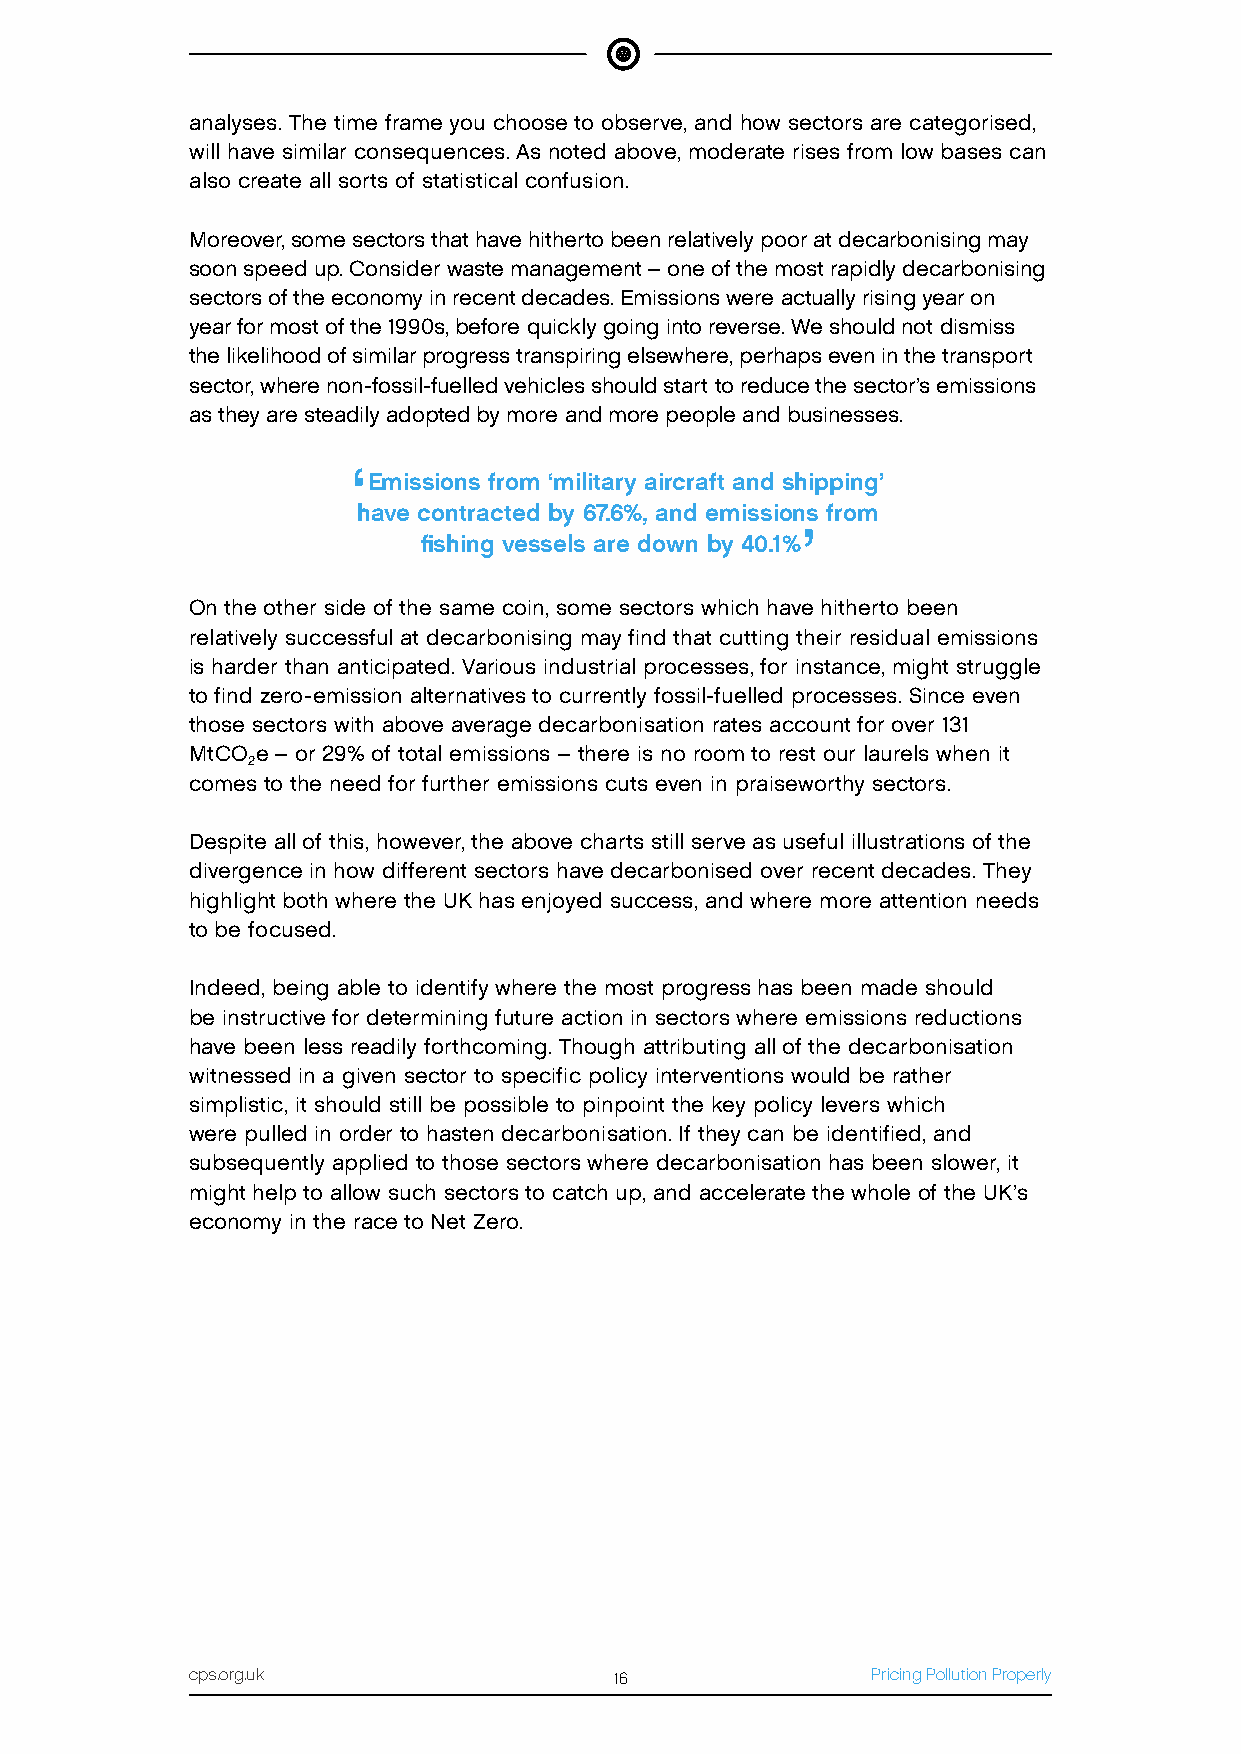
analyses. The time frame you choose to observe, and how sectors are categorised,
 will have similar consequences. As noted above, moderate rises from low bases can
 also create all sorts of statistical confusion.
 Moreover, some sectors that have hitherto been relatively poor at decarbonising may
 soon speed up. Consider waste management – one of the most rapidly decarbonising
 sectors of the economy in recent decades. Emissions were actually rising year on
 year for most of the 1990s, before quickly going into reverse. We should not dismiss
 the likelihood of similar progress transpiring elsewhere, perhaps even in the transport
 sector, where non-fossil-fuelled vehicles should start to reduce the sector’s emissions
 as they are steadily adopted by more and more people and businesses.
 ‘
 Emissions from ‘military aircraft and shipping’
 have contracted by 67.6%, and emissions from
 ’
 fishing vessels are down by 40.1%
 On the other side of the same coin, some sectors which have hitherto been
 relatively successful at decarbonising may find that cutting their residual emissions
 is harder than anticipated. Various industrial processes, for instance, might struggle
 to find zero-emission alternatives to currently fossil-fuelled processes. Since even
 those sectors with above average decarbonisation rates account for over 131
 MtCO e – or 29% of total emissions – there is no room to rest our laurels when it
 2
 comes to the need for further emissions cuts even in praiseworthy sectors.
 Despite all of this, however, the above charts still serve as useful illustrations of the
 divergence in how different sectors have decarbonised over recent decades. They
 highlight both where the UK has enjoyed success, and where more attention needs
 to be focused.
 Indeed, being able to identify where the most progress has been made should
 be instructive for determining future action in sectors where emissions reductions
 have been less readily forthcoming. Though attributing all of the decarbonisation
 witnessed in a given sector to specific policy interventions would be rather
 simplistic, it should still be possible to pinpoint the key policy levers which
 were pulled in order to hasten decarbonisation. If they can be identified, and
 subsequently applied to those sectors where decarbonisation has been slower, it
 might help to allow such sectors to catch up, and accelerate the whole of the UK’s
 economy in the race to Net Zero.
 cps.org.uk                  16               Pricing Pollution Properly